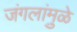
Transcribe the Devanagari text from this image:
जंगलांमु़ळे